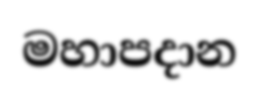
මහාපදාන